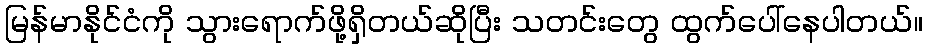
မြန်မာနိုင်ငံကို သွားရောက်ဖို့ရှိတယ်ဆိုပြီး သတင်းတွေ ထွက်ပေါ်နေပါတယ်။